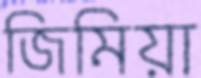
জিমিয়া